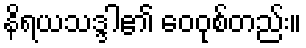
နိရယသဒ္ဒါ၏ ဝေဝုစ်တည်း။